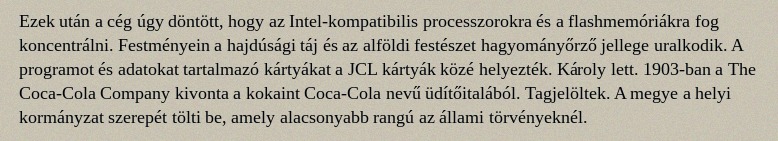
Ezek után a cég úgy döntött, hogy az Intel-kompatibilis processzorokra és a flashmemóriákra fog koncentrálni. Festményein a hajdúsági táj és az alföldi festészet hagyományőrző jellege uralkodik. A programot és adatokat tartalmazó kártyákat a JCL kártyák közé helyezték. Károly lett. 1903-ban a The Coca-Cola Company kivonta a kokaint Coca-Cola nevű üdítőitalából. Tagjelöltek. A megye a helyi kormányzat szerepét tölti be, amely alacsonyabb rangú az állami törvényeknél.